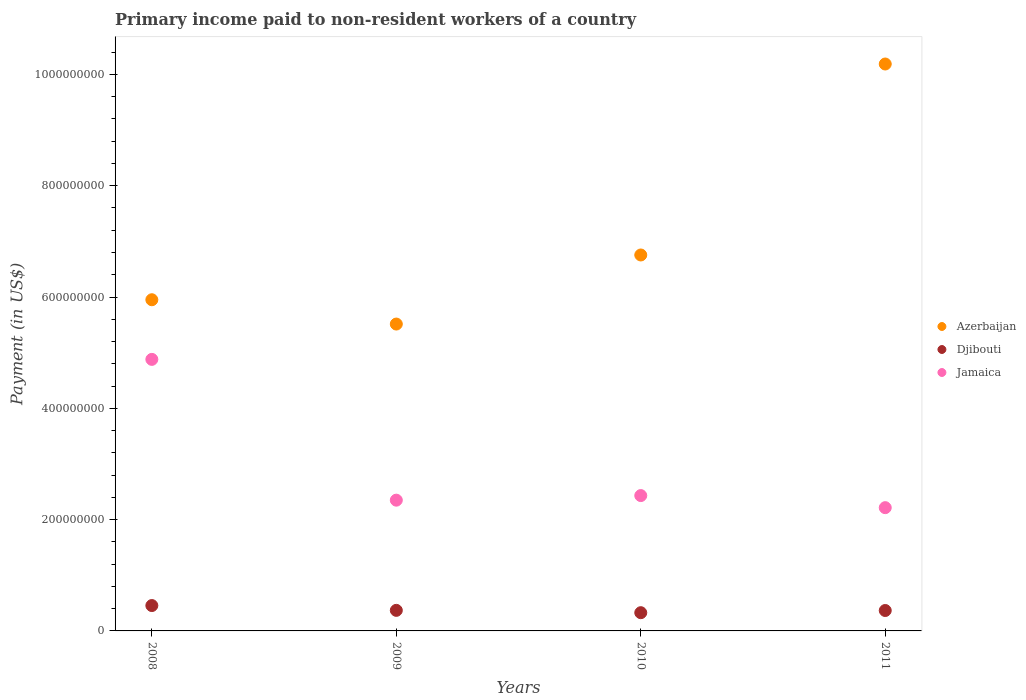
| Years | Azerbaijan | Djibouti | Jamaica |
 | --- | --- | --- | --- |
 | 2008 | 5.95e+08 | 4.56e+07 | 4.88e+08 |
 | 2009 | 5.51e+08 | 3.7e+07 | 2.35e+08 |
 | 2010 | 6.76e+08 | 3.28e+07 | 2.43e+08 |
 | 2011 | 1.02e+09 | 3.67e+07 | 2.21e+08 |